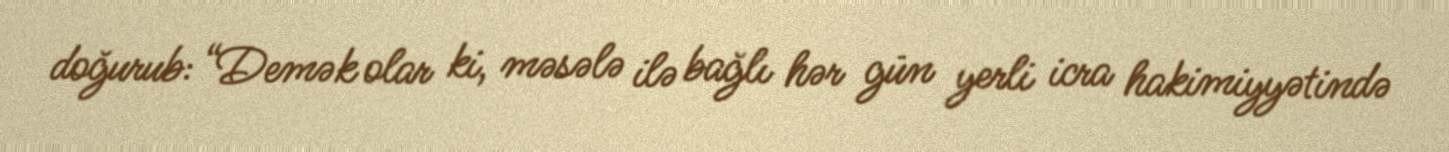
doğurub: “Demək olar ki, məsələ ilə bağlı hər gün yerli icra hakimiyyətində